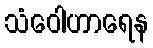
သံဝေါဟာရေန